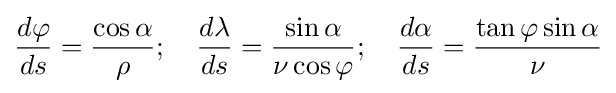
{\frac {d\varphi }{ds}}={\frac {\cos \alpha }{\rho }};\quad {\frac {d\lambda }{ds}}={\frac {\sin \alpha }{\nu \cos \varphi }};\quad {\frac {d\alpha }{ds}}={\frac {\tan \varphi \sin \alpha }{\nu }}